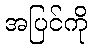
အပြင်ကို